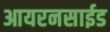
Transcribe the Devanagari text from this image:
आयरनसाईड